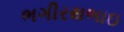
ભગીરથભાઇ